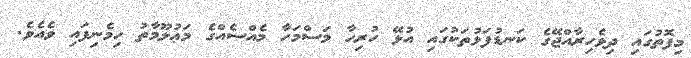
މިފޮތުގައި ދިވެހިރާއްޖޭގެ ކަނޑުފަޅުތަކުގައި އުޅޭ ހުރިހާ މަސްމަހާ މެއްސެއްގެ މަޢުލޫމާތު ހިމެނިފައި ވެއެވެ.